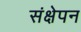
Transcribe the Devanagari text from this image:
संक्षेपन